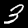
Digit: 3